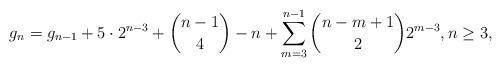
LaTeX: \begin{align*}g_n=g_{n-1}+5\cdot2^{n-3}+\binom{n-1}{4}-n+\sum_{m=3}^{n-1}\binom{n-m+1}{2}2^{m-3}, n \geq 3,\end{align*}